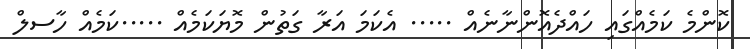
ކޮންމެ ކަމެއްގައި ހައްދެއޮންނާނެއް ..... އެކަމަ އަރާ ގަތުން މޮޔަކަމެއް .....ކަމެއް ހާސލް